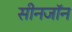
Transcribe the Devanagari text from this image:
सीनजॉन